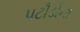
પટૌડીના